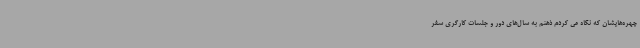
چهره‌هایشان که نگاه می کردم ذهنم به سال‌های دور و جلسات کارگری سفر